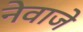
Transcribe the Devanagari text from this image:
नेवाजे